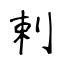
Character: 剌